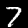
Digit: 7